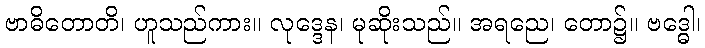
ဗာဓိတောတိ၊ ဟူသည်ကား။ လုဒ္ဒေန၊ မုဆိုးသည်။ အရညေ၊ တော၌။ ဗဒ္ဓေါ၊